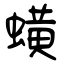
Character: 蟥